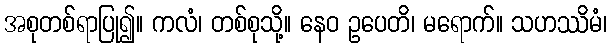
အစုတစ်ရာပြု၍။ ကလံ၊ တစ်စုသို့။ နေဝ ဥပေတိ၊ မရောက်။ သဟဿိမံ၊